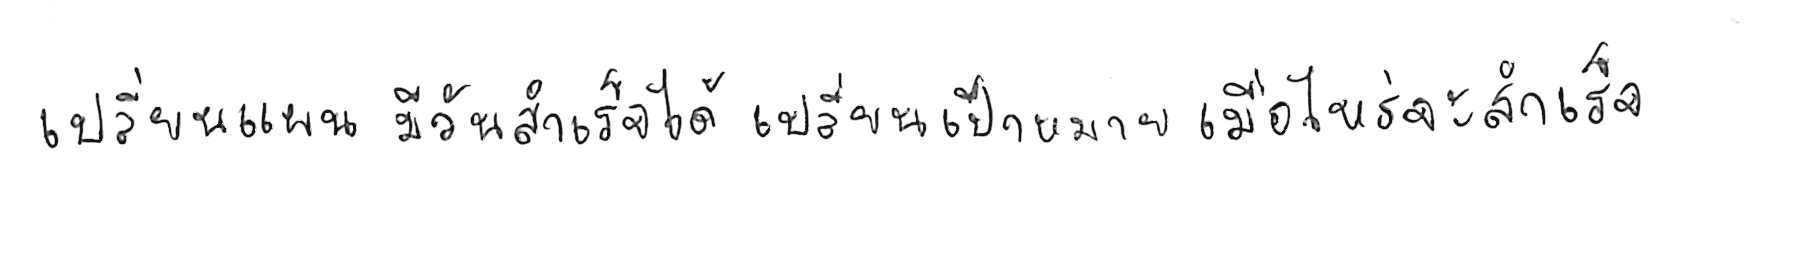
เปลี่ยนแผน มีวันสำเร็จได้ เปลี่ยนเป้าหมาย เมื่อไหร่จะสำเร็จ